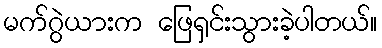
မက်ဂွဲယားက ဖြေရှင်းသွားခဲ့ပါတယ်။